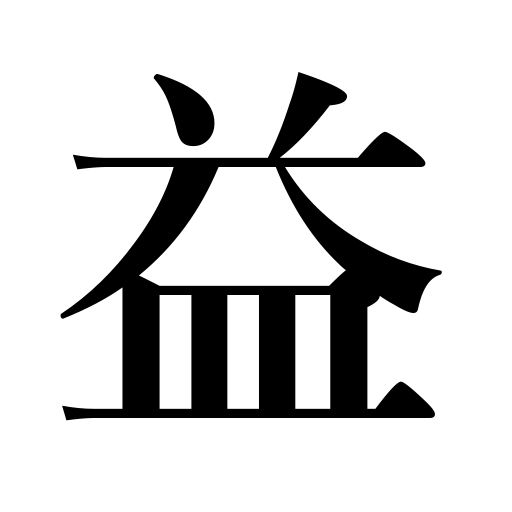
Meanings: gain,advantage,benefit,use,profit